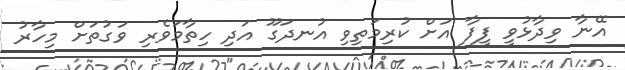
އޭނާ ވިދާޅުވީ ފީފާ އަށް ކުރިމަތިވި އުނދަގޫ އަދި ހިތާމަވެރި ވަގުތަށް މިހާރު